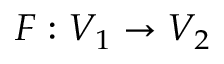
F : V _ { 1 } \to V _ { 2 }